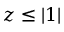
z \leq | 1 |